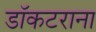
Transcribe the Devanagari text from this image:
डॉकटराना